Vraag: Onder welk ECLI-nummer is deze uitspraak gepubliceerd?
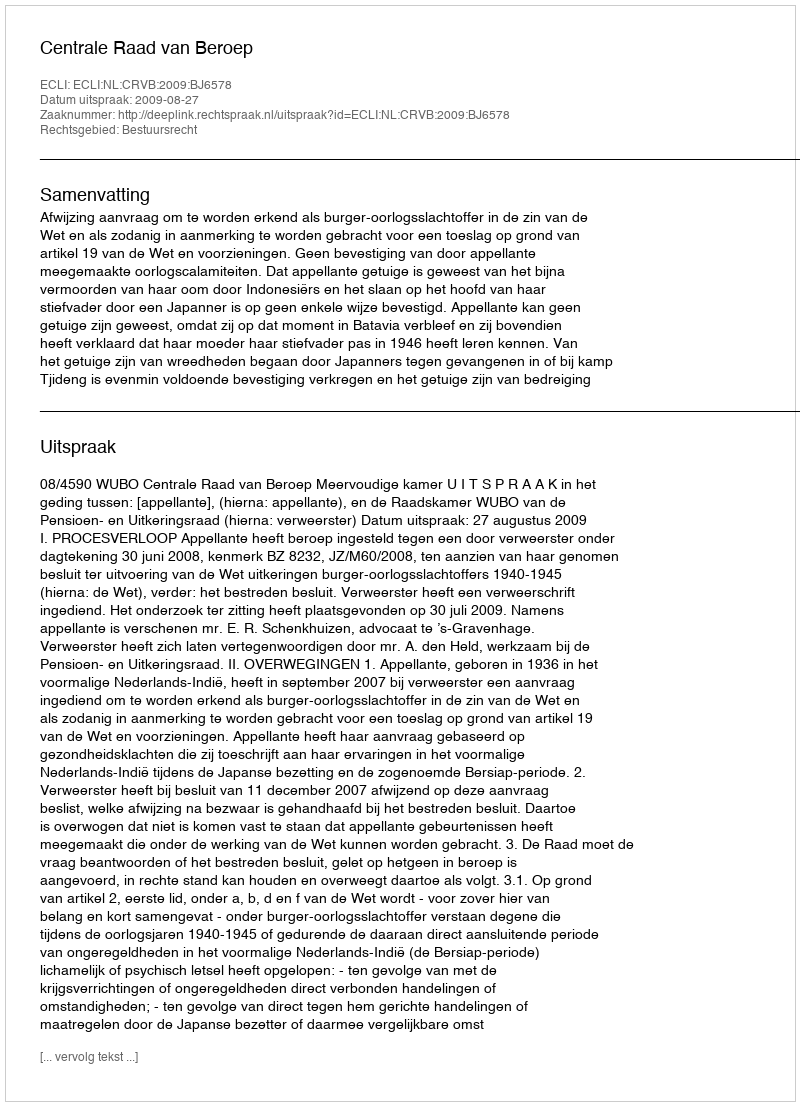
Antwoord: ECLI:NL:CRVB:2009:BJ6578